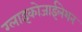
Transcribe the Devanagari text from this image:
ग्लाइकोजाईलेशन